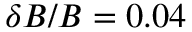
\delta B / B = 0 . 0 4 \